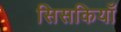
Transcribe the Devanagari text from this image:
सिसकियाँ